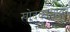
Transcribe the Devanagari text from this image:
खोदकामावर